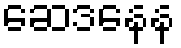
ဆေဒနေန